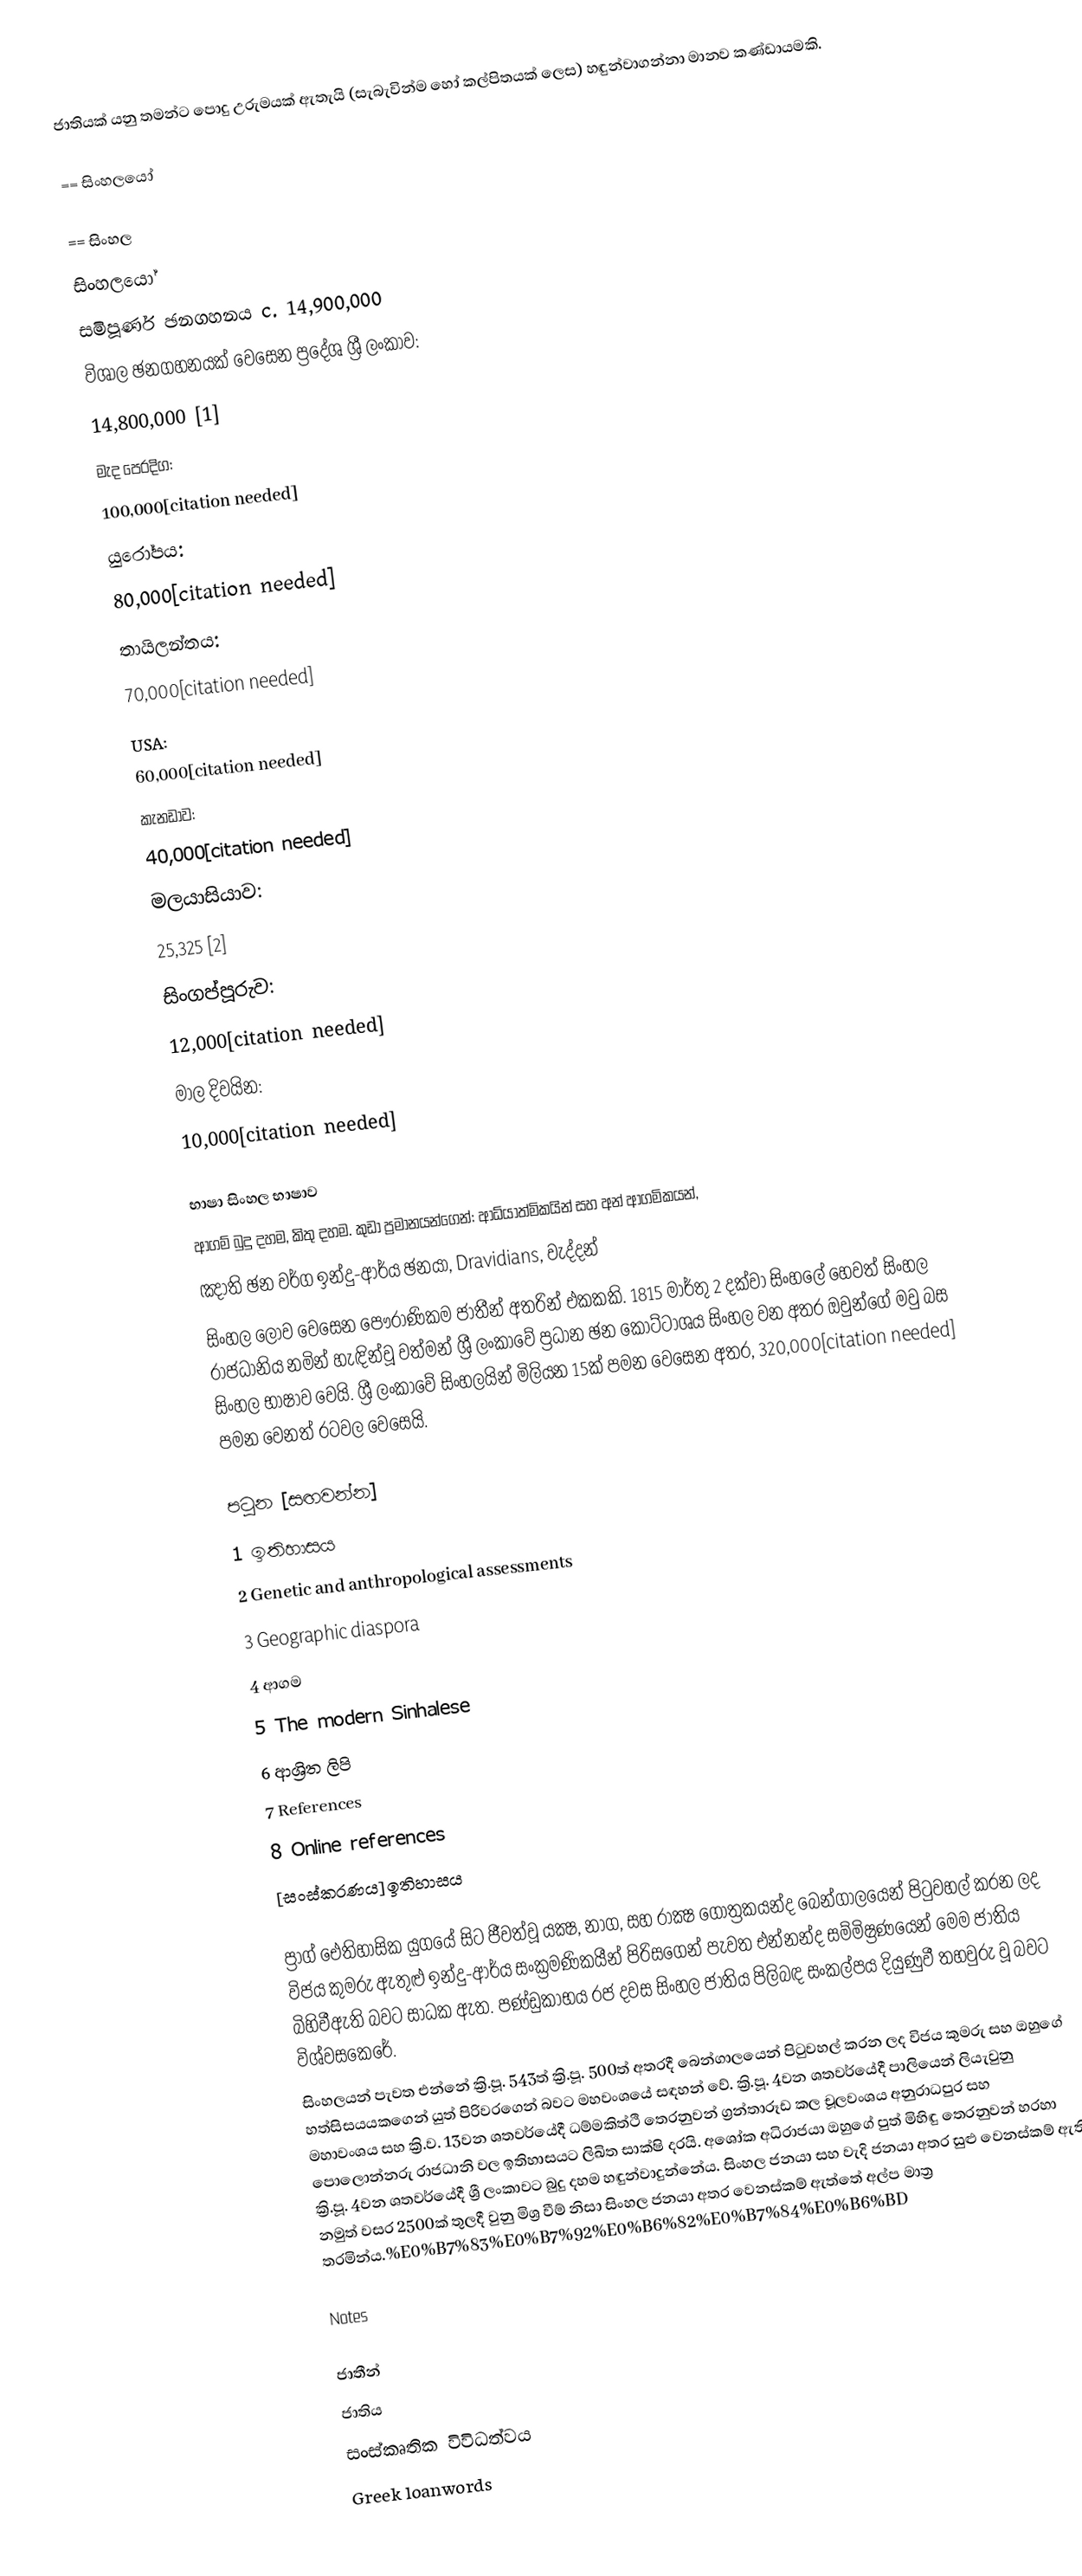
ජාතියක් යනු තමන්ට පොදු උරුමයක් ඇතැයි (සැබැවින්ම හෝ කල්පිතයක් ලෙස) හඳුන්වාගන්නා මානව කණ්ඩායමකි.

== සිංහලයෝ

== සිංහල
සිංහලයෝ
සමිපූර්ණ ඡනගහනය	c. 14,900,000
විශාල ඡනගහනයක් වෙසෙන ප්‍රදේශ	ශ්‍රී ලංකාව:
   14,800,000 [1]
මැද පෙරදිග:
   100,000[citation needed]
යුරෝපය:
   80,000[citation needed]
තායිලන්තය:
   70,000[citation needed]
USA:
   60,000[citation needed]
කැනඩාව:
   40,000[citation needed]
මලයාසියාව:
   25,325 [2]
සිංගප්පූරුව:
   12,000[citation needed]
මාල දිවයින:
   10,000[citation needed]

භාෂා	සිංහල භාෂාව
ආගම්	බුදු දහම, කිතු දහම. කුඩා ප්‍රමානයන්ගෙන්: ආධ්යාත්මිකයින් සහ අන් ආගමිකයන්,
ඤාති ඡන වර්ග	ඉන්දු-ආර්ය ඡනයා, Dravidians, වැද්දන්
සිංහල ලොව වෙසෙන පෞරාණිකම ජාතීන් අතරින් එකකකි. 1815 මාර්තු 2 දක්වා සිංහලේ හෙවත් සිංහල රාජධානිය නමින් හැඳින්වූ වත්මන් ශ්‍රී ලංකාවේ ප්‍රධාන ඡන කොට්ටාශය සිංහල වන අතර ඔවුන්ගේ මවු බස සිංහල භාෂාව වෙයි. ශ්‍රී ලංකාවේ සිංහලයින් මිලියන 15ක් පමන වෙසෙන අතර, 320,000[citation needed] පමන වෙනත් රටවල වෙසෙයි.

පටුන [සඟවන්න]
1 ඉතිහාසය
2 Genetic and anthropological assessments
3 Geographic diaspora
4 ආගම
5 The modern Sinhalese
6 ආශ්‍රිත ලිපි
7 References
8 Online references
[සංස්කරණය]ඉතිහාසය

ප්‍රාග් ඓතිහාසික යුගයේ සිට ජීවත්වූ යක්‍ෂ, නාග, සහ රාක්‍ෂ ගෝත්‍රකයන්ද බෙන්ගාලයෙන් පිටුවහල් කරන ලද විජය කුමරු ඇතුළු ඉන්දු-ආර්ය සංක්‍රමණිකයීන් පිරිසගෙන් පැවත එන්නන්ද සම්මිෂ්‍රණයෙන් මෙම ජාතිය බිහිවීඇති බවට සාධක ඇත. පණ්ඩුකාභය රජ දවස සිංහල ජාතිය පිලිබඳ සංකල්පය දියුණුවී තහවුරු වූ බවට විශ්වසකෙරේ.
සිංහලයන් පැවත එන්නේ ක්‍රි.පූ. 543ත් ක්‍රි.පූ. 500ත් අතරදී බෙන්ගාලයෙන් පිටුවහල් කරන ලද විජය කුමරු සහ ඔහුගේ හත්සිසයයකගෙන් යුත් පිරිවරගෙන් බවට මහවංශයේ සඳහන් වේ. ක්‍රි.පූ. 4වන ශතවර්යේදී පාලියෙන් ලියැවුනු මහාවංශය සහ ක්‍රි.ව. 13වන ශතවර්යේදී ධම්මකිත්ථි තෙරනුවන් ග්‍රන්තාරූඩ කල චූලවංශය අනුරාධපුර සහ පොලොන්නරු රාජධානි වල ඉතිහාසයට ලිඛිත සාක්ෂි දරයි. අශෝක අධිරාජයා ඔහුගේ පුත් මිහිඳු තෙරනුවන් හරහා ක්‍රි.පූ. 4වන ශතවර්යේදී ශ්‍රී ලංකාවට බුදු දහම හඳුන්වාදුන්නේය. සිංහල ජනයා සහ වැදි ජනයා අතර සුළු වෙනස්කම් ඇති නමුත් වසර 2500ක් තුලදී වුනු මිශ්‍ර වීම් නිසා සිංහල ජනයා අතර වෙනස්කම් ඇත්තේ අල්ප මාත්‍ර තරමින්ය.%E0%B7%83%E0%B7%92%E0%B6%82%E0%B7%84%E0%B6%BD

Notes

ජාතීන්
ජාතිය
සංස්කෘතික විවිධත්වය
Greek loanwords